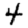
Digit: 4